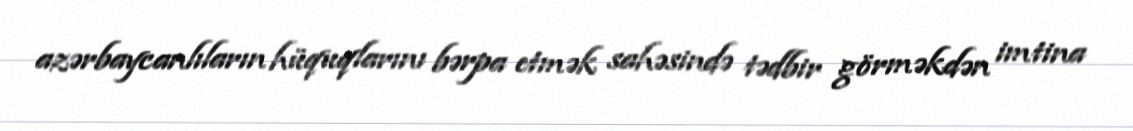
azərbaycanlıların hüquqlarını bərpa etmək sahəsində tədbir görməkdən imtina